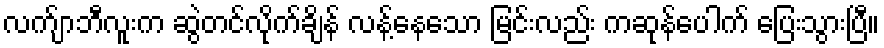
လက်ျာဘီလူးက ဆွဲတင်လိုက်ချိန် လန့်နေသော မြင်းလည်း ကဆုန်ပေါက် ပြေးသွားပြီ။